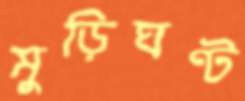
মুড়িঘণ্ট